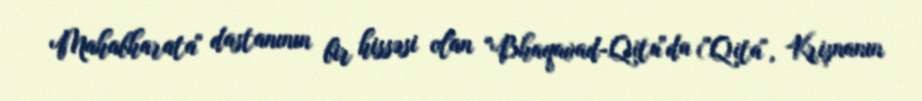
Mahabharata" dastanının bir hissəsi olan "Bhaqavad-Qita"da ("Qita", Krişnanın